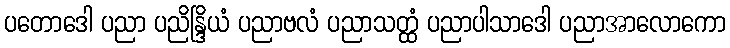
ပတောဒေါ ပညာ ပညိန္ဒြိယံ ပညာဗလံ ပညာသတ္ထံ ပညာပါသာဒေါ ပညာအာလောကော